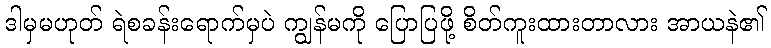
ဒါမှမဟုတ် ရဲစခန်းရောက်မှပဲ ကျွန်မကို ပြောပြဖို့ စိတ်ကူးထားတာလား အာယနဲ၏